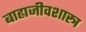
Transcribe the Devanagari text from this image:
बाह्यजीवशास्त्र